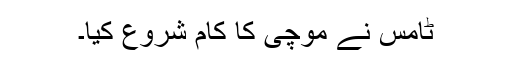
ٹامس نے موچی کا کام شروع کیا۔